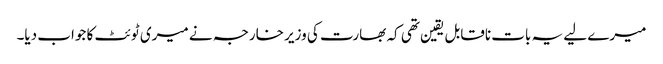
میرے لیے یہ بات ناقابل یقین تھی کہ بھارت کی وزیر خارجہ نے میری ٹوئٹ کا جواب دیا۔